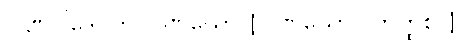
ပါဏိဝါဒေါ တု ပါဏိဃော [ပါဏိယော (ကတ္ထစိ)]။